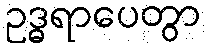
ဥဒ္ဓရာပေတွာ